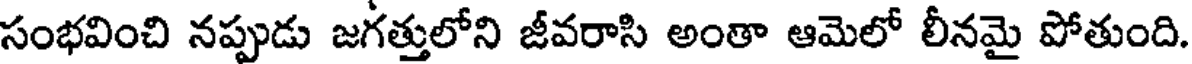
సంభవించి నప్పుడు జగత్తులోని జీవరాసి అంతా ఆమెలో లీనమై పోతుంది